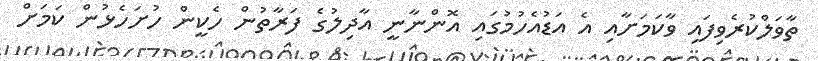
ތާވަލްކުރެވިފައި ވާކަމަށާއި އެ އަޑުއެހުމުގައި އޮންނާނީ އާދިލުގެ ފަރާތުން ހެކީން ހުށަހެޅުން ކަމަށް